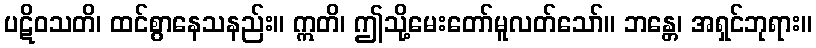
ပဋိဝသတိ၊ ထင်စွာနေသနည်း။ ဣတိ၊ ဤသို့မေးတော်မူလတ်သော်။ ဘန္တေ၊ အရှင်ဘုရား။